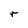
Character: r